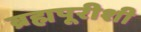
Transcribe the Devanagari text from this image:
ब्रह्मपूरीशी